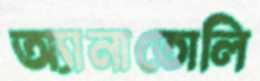
অ্যানাতোলি